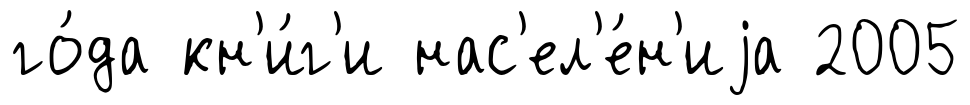
го́да кн'и́г'и нас'ел'е́н'иjа 2005